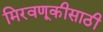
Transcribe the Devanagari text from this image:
मिरवणूकीसाठी